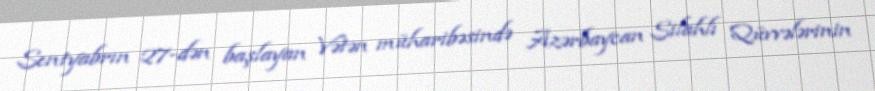
Sentyabrın 27-dən başlayan Vətən müharibəsində Azərbaycan Silahlı Qüvvələrinin